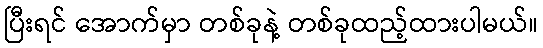
ပြီးရင် အောက်မှာ တစ်ခုနဲ့ တစ်ခုထည့်ထားပါမယ်။